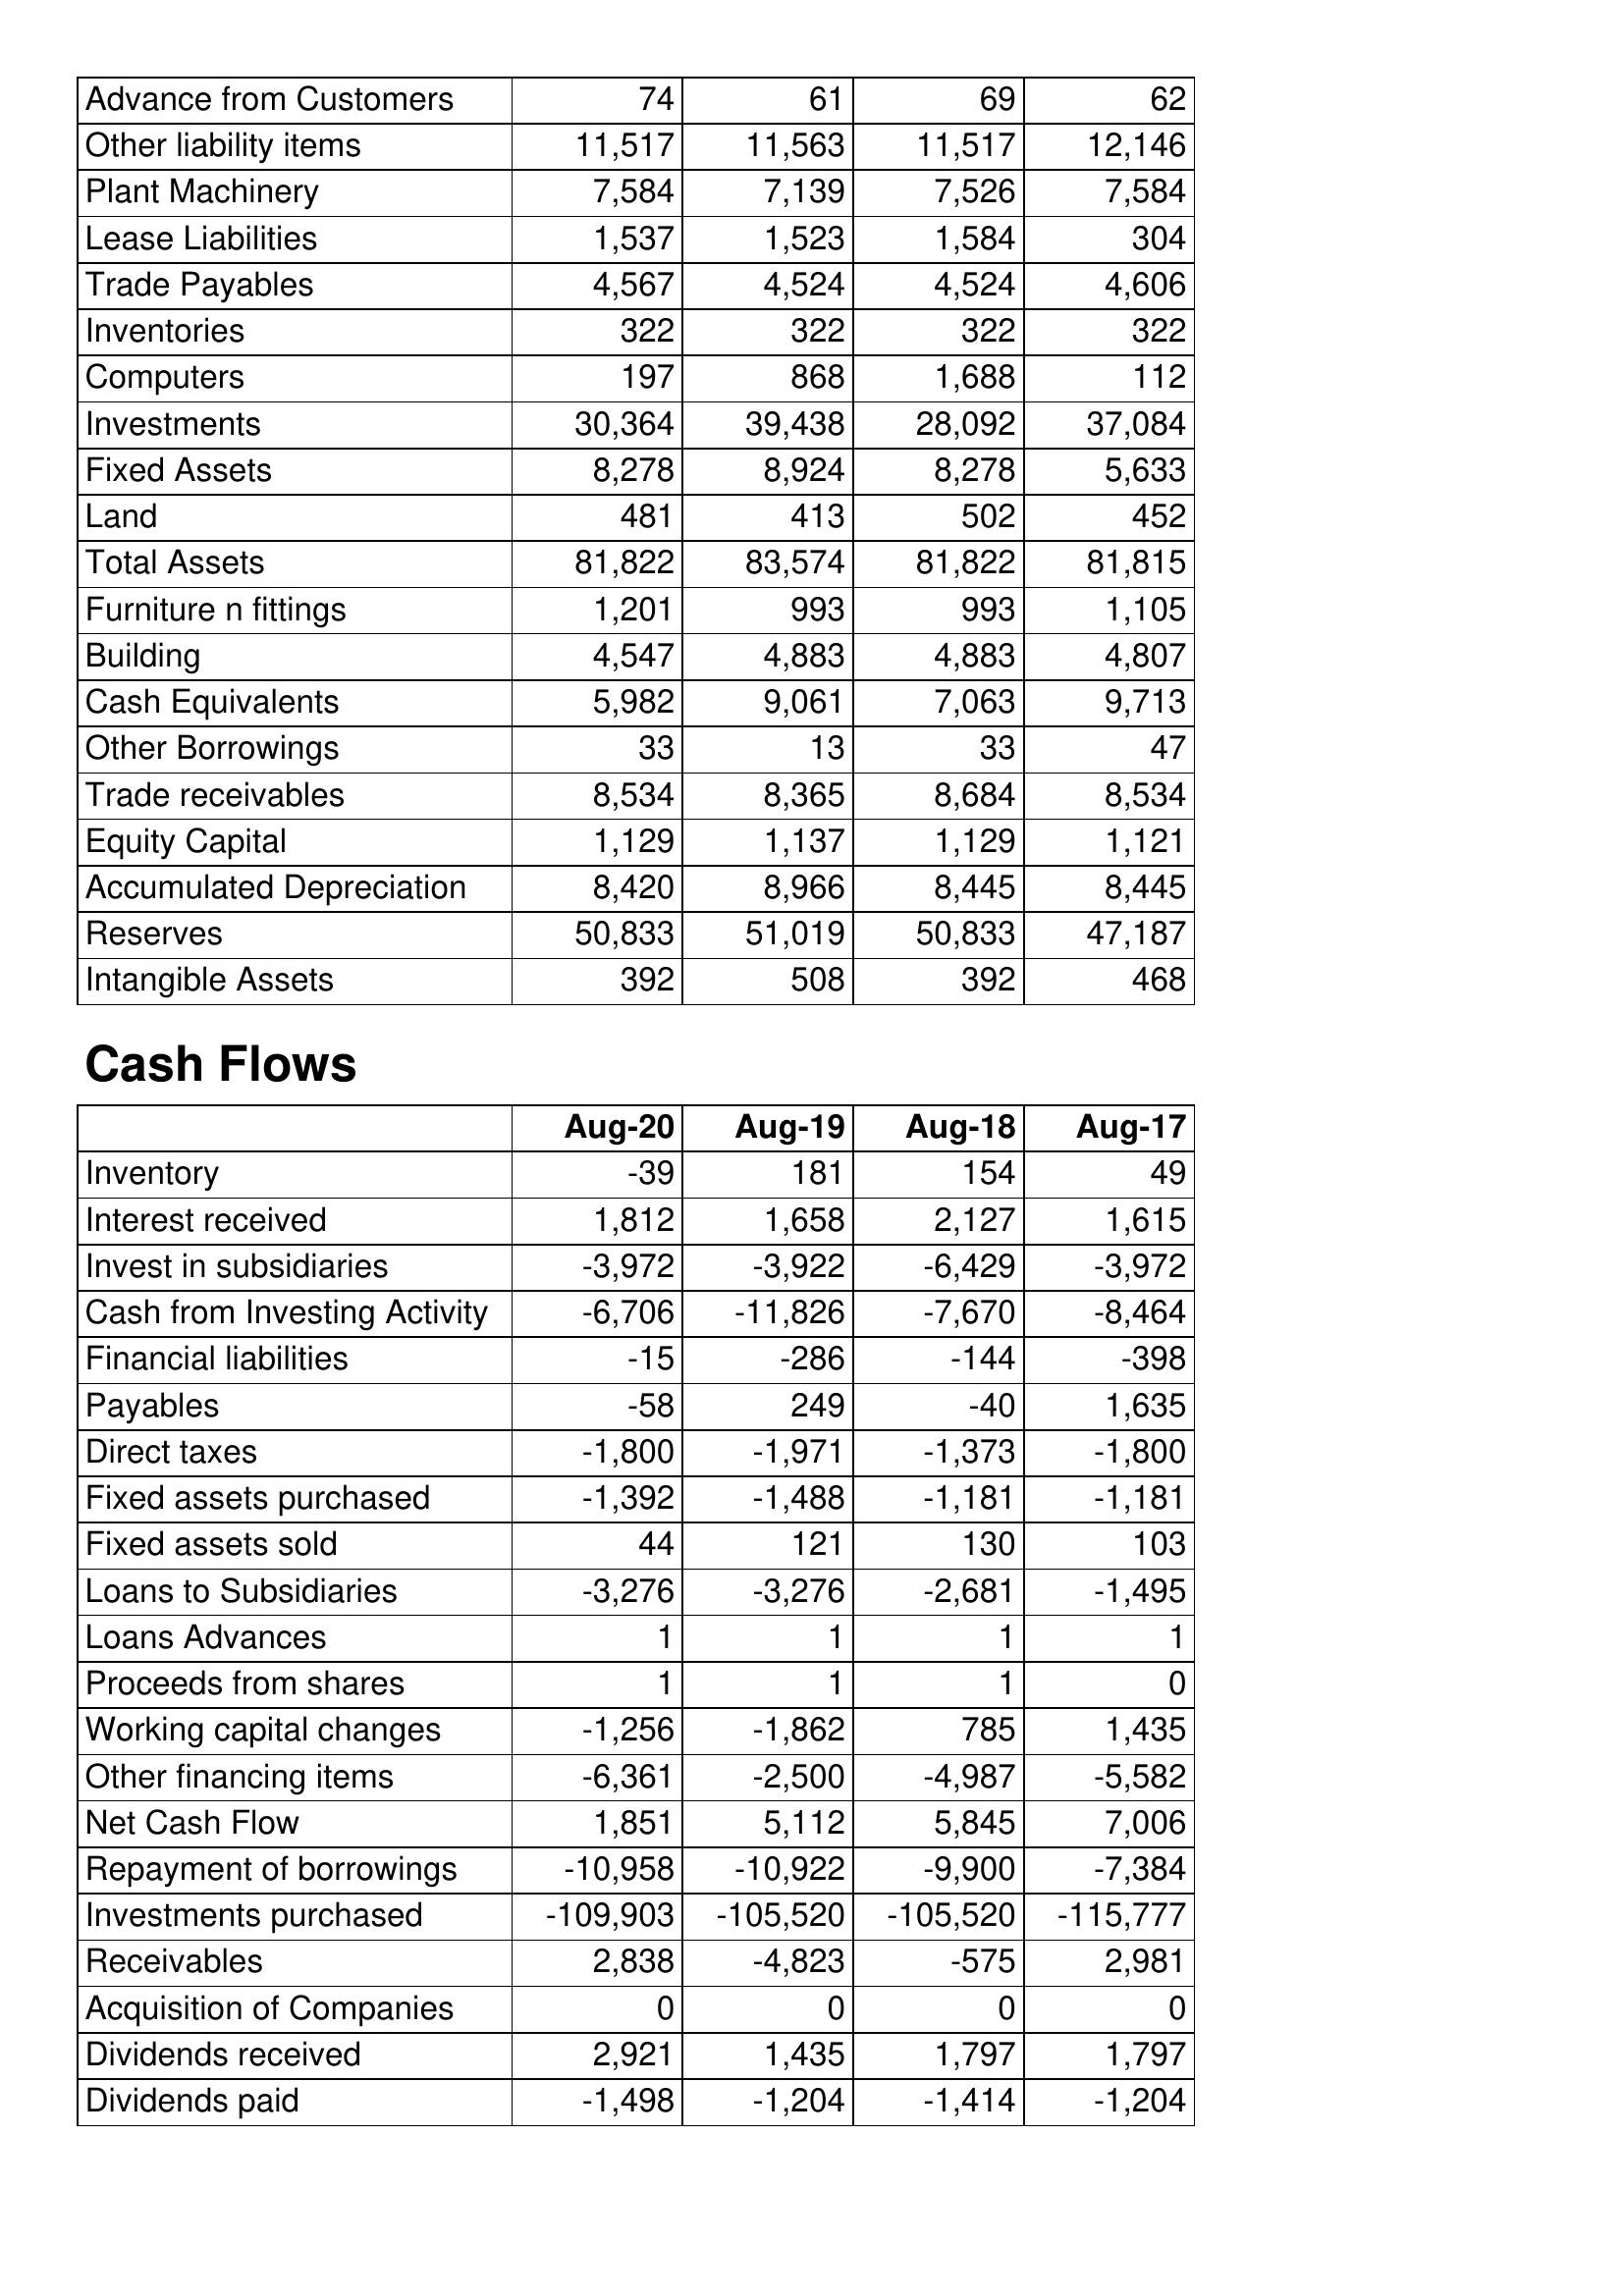
Aug-20: Balance Sheet: Advance from Customers: 74
Other liability items: 11,517
Plant Machinery: 7,584
Lease Liabilities: 1,537
Trade Payables: 4,567
Inventories: 322
Computers: 197
Investments: 30,364
Fixed Assets: 8,278
Land: 481
Total Assets: 81,822
Furniture n fittings: 1,201
Building: 4,547
Cash Equivalents: 5,982
Other Borrowings: 33
Trade receivables: 8,534
Equity Capital: 1,129
Accumulated Depreciation: 8,420
Reserves: 50,833
Intangible Assets: 392
Cash Flows: Inventory: -39
Interest received: 1,812
Invest in subsidiaries: -3,972
Cash from Investing Activity: -6,706
Financial liabilities: -15
Payables: -58
Direct taxes: -1,800
Fixed assets purchased: -1,392
Fixed assets sold: 44
Loans to Subsidiaries: -3,276
Loans Advances: 1
Proceeds from shares: 1
Working capital changes: -1,256
Other financing items: -6,361
Net Cash Flow: 1,851
Repayment of borrowings: -10,958
Investments purchased: -109,903
Receivables: 2,838
Acquisition of Companies: 0
Dividends received: 2,921
Dividends paid: -1,498
Aug-19: Balance Sheet: Advance from Customers: 61
Other liability items: 11,563
Plant Machinery: 7,139
Lease Liabilities: 1,523
Trade Payables: 4,524
Inventories: 322
Computers: 868
Investments: 39,438
Fixed Assets: 8,924
Land: 413
Total Assets: 83,574
Furniture n fittings: 993
Building: 4,883
Cash Equivalents: 9,061
Other Borrowings: 13
Trade receivables: 8,365
Equity Capital: 1,137
Accumulated Depreciation: 8,966
Reserves: 51,019
Intangible Assets: 508
Cash Flows: Inventory: 181
Interest received: 1,658
Invest in subsidiaries: -3,922
Cash from Investing Activity: -11,826
Financial liabilities: -286
Payables: 249
Direct taxes: -1,971
Fixed assets purchased: -1,488
Fixed assets sold: 121
Loans to Subsidiaries: -3,276
Loans Advances: 1
Proceeds from shares: 1
Working capital changes: -1,862
Other financing items: -2,500
Net Cash Flow: 5,112
Repayment of borrowings: -10,922
Investments purchased: -105,520
Receivables: -4,823
Acquisition of Companies: 0
Dividends received: 1,435
Dividends paid: -1,204
Aug-18: Balance Sheet: Advance from Customers: 69
Other liability items: 11,517
Plant Machinery: 7,526
Lease Liabilities: 1,584
Trade Payables: 4,524
Inventories: 322
Computers: 1,688
Investments: 28,092
Fixed Assets: 8,278
Land: 502
Total Assets: 81,822
Furniture n fittings: 993
Building: 4,883
Cash Equivalents: 7,063
Other Borrowings: 33
Trade receivables: 8,684
Equity Capital: 1,129
Accumulated Depreciation: 8,445
Reserves: 50,833
Intangible Assets: 392
Cash Flows: Inventory: 154
Interest received: 2,127
Invest in subsidiaries: -6,429
Cash from Investing Activity: -7,670
Financial liabilities: -144
Payables: -40
Direct taxes: -1,373
Fixed assets purchased: -1,181
Fixed assets sold: 130
Loans to Subsidiaries: -2,681
Loans Advances: 1
Proceeds from shares: 1
Working capital changes: 785
Other financing items: -4,987
Net Cash Flow: 5,845
Repayment of borrowings: -9,900
Investments purchased: -105,520
Receivables: -575
Acquisition of Companies: 0
Dividends received: 1,797
Dividends paid: -1,414
Aug-17: Balance Sheet: Advance from Customers: 62
Other liability items: 12,146
Plant Machinery: 7,584
Lease Liabilities: 304
Trade Payables: 4,606
Inventories: 322
Computers: 112
Investments: 37,084
Fixed Assets: 5,633
Land: 452
Total Assets: 81,815
Furniture n fittings: 1,105
Building: 4,807
Cash Equivalents: 9,713
Other Borrowings: 47
Trade receivables: 8,534
Equity Capital: 1,121
Accumulated Depreciation: 8,445
Reserves: 47,187
Intangible Assets: 468
Cash Flows: Inventory: 49
Interest received: 1,615
Invest in subsidiaries: -3,972
Cash from Investing Activity: -8,464
Financial liabilities: -398
Payables: 1,635
Direct taxes: -1,800
Fixed assets purchased: -1,181
Fixed assets sold: 103
Loans to Subsidiaries: -1,495
Loans Advances: 1
Proceeds from shares: 0
Working capital changes: 1,435
Other financing items: -5,582
Net Cash Flow: 7,006
Repayment of borrowings: -7,384
Investments purchased: -115,777
Receivables: 2,981
Acquisition of Companies: 0
Dividends received: 1,797
Dividends paid: -1,204